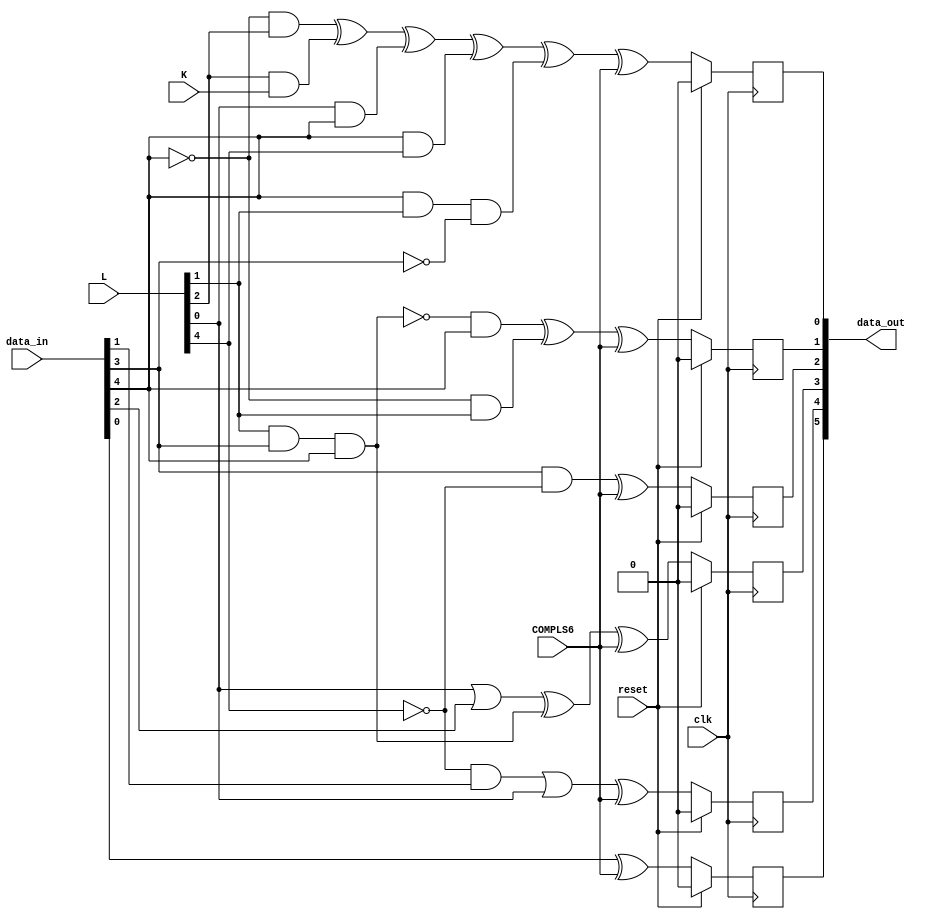
`timescale 1ns / 1ps
//////////////////////////////////////////////////////////////////////////////////
// Company: 
// Engineer: 
// 
// Design Name: 
// Module Name: fcn5b6b
// Project Name: 
// Target Devices: 
// Tool Versions: 
// Description: Actual transformation of 5 input bits ABCDE into
//                  the 6 abcdei output bits according to given rules
//              Figure 7 in Encoder diagram 
// Dependencies: 
// 
// Revision:
// Revision 0.01 - File Created
// Additional Comments:
// 
//////////////////////////////////////////////////////////////////////////////////


module fcn5b6b(
    input clk,  
    input reset,
    input [4:0] data_in,
    input [4:0] L,
    input K,
    input COMPLS6,
    output [5:0] data_out
    );
    wire A, B, C, D, E;
    assign {E, D, C, B, A} = data_in;
    wire L40, L31, L22, L13, L04;
    assign {L40, L31, L22, L13, L04} = L;
    reg a, b, c, d, e, i;
    /* Transformation of 5 input bits ABCDE into the 6 abcdei */
    always @(posedge clk)
    begin    
        if (reset) begin
            a <= 0;
            b <= 0;
            c <= 0;
            d <= 0;
            e <= 0;
            i <= 0;
        end else begin
            a <= A ^ COMPLS6; 
            b <= ((~L40 & B) | L04) ^ COMPLS6;
            c <= (L04 | C) ^ (L13 & D & E) ^ COMPLS6; 
            d <= (D & ~L40) ^ COMPLS6;
            e <= (~(L13 & D & E) & E) ^ (~E & L13) ^ COMPLS6; 
            i <= (~E & L22) ^ (L22 & K) ^ (L04 & E) ^ (E & L40) ^ (E & L13 & ~D) ^ COMPLS6;
        end
    end
    assign data_out = {a, b, c, d, e, i};
    
endmodule